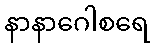
နာနာဂေါစရေ